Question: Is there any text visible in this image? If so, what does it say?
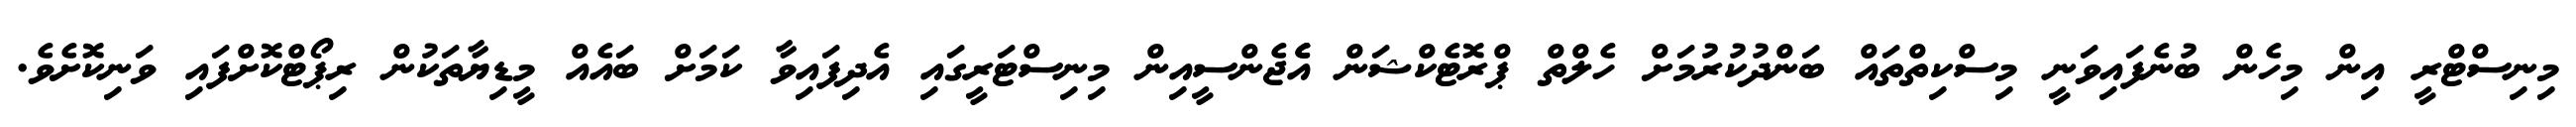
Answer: މިނިސްޓްރީ އިން މިހެން ބުނެފައިވަނީ މިސްކިތްތައް ބަންދުކުރުމަށް ހެލްތް ޕްރޮޓެކްޝަން އެެޖެންސީއިން މިނިސްޓަރީގައި އެދިފައިވާ ކަމަށް ބައެއް މީޑިޔާތަކުން ރިޕޯޓްކޮށްފައި ވަނިކޮށެވެ.